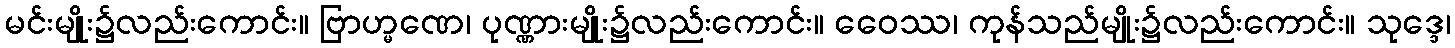
မင်းမျိုး၌လည်းကောင်း။ ဗြာဟ္မဏေ၊ ပုဏ္ဏားမျိုး၌လည်းကောင်း။ ဝေေဿ၊ ကုန်သည်မျိုး၌လည်းကောင်း။ သုဒ္ဒေ၊